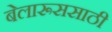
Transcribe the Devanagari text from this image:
बेलारूससाठी